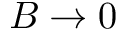
B \rightarrow 0